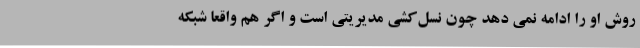
روش او را ادامه نمی دهد چون نسل‌کشی مدیریتی است و اگر هم واقعا شبکه